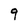
Character: 9